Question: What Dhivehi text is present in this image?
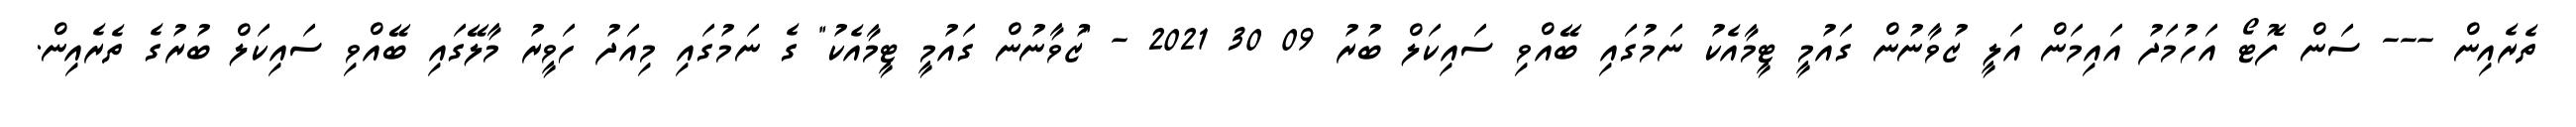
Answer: ތެރެއިން --- ސަން ފޮޓޯ އަހުމަދު އައިމަން އަލީ ޒުވާނުން ގައުމީ ޓީމާއެކު ނަމުގައި ބޭއްވި ސައިކަލް ބުރު 09 30 2021 - "ޒުވާނުން ގައުމީ ޓީމާއެކު" ގެ ނަމުގައި މިއަދު ހަވީރު މާލޭގައި ބޭއްވި ސައިކަލް ބުރުގެ ތެރެއިން.